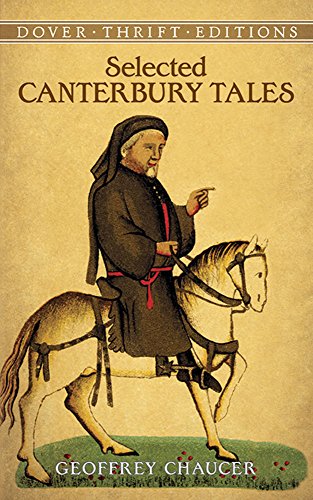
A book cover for Selected Canterbury Tales; Geoffrey Chaucer; Christian Books & Bibles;